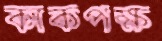
কাকপক্ষ